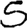
Digit: 5